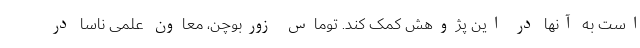
است به آنها در این پژوهش کمک کند. توماس زوربوچن، معاون علمی ناسا در